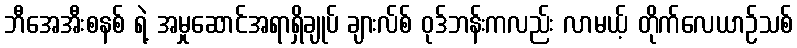
ဘီအေအီးစနစ် ရဲ့ အမှုဆောင်အရာရှိချုပ် ချားလ်စ် ဝုဒ်ဘန်းကလည်း လာမယ့် တိုက်လေယာဉ်သစ်